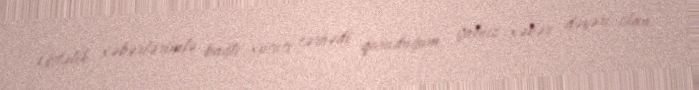
Üstəlik xəbərlərimlə bağlı xüsusi sərhədi qoruduğum, yalnız xəbər dəyəri olan